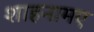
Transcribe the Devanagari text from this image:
शाहनामए